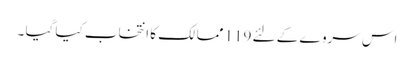
اس سروے کے لئے 119 ممالک کا انتخاب کیا گیا ۔